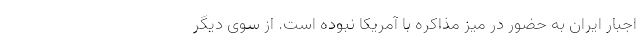
اجبار ایران به حضور در میز مذاکره با آمریکا نبوده است. از سوی دیگر